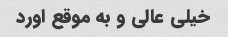
خیلی عالی و به موقع اورد